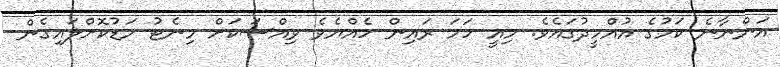
އަންނާނެ ކަމުގެ އުއްމީދުގައެވެ. މިއީ ހަމަ ރައިން ހެއްޔެވެ ވިއްސަކަށް މިނެޓު މަޑުކޮށްލައިގެން